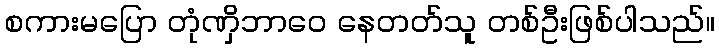
စကားမပြော တုံဏှိဘာဝေ နေတတ်သူ တစ်ဦးဖြစ်ပါသည်။